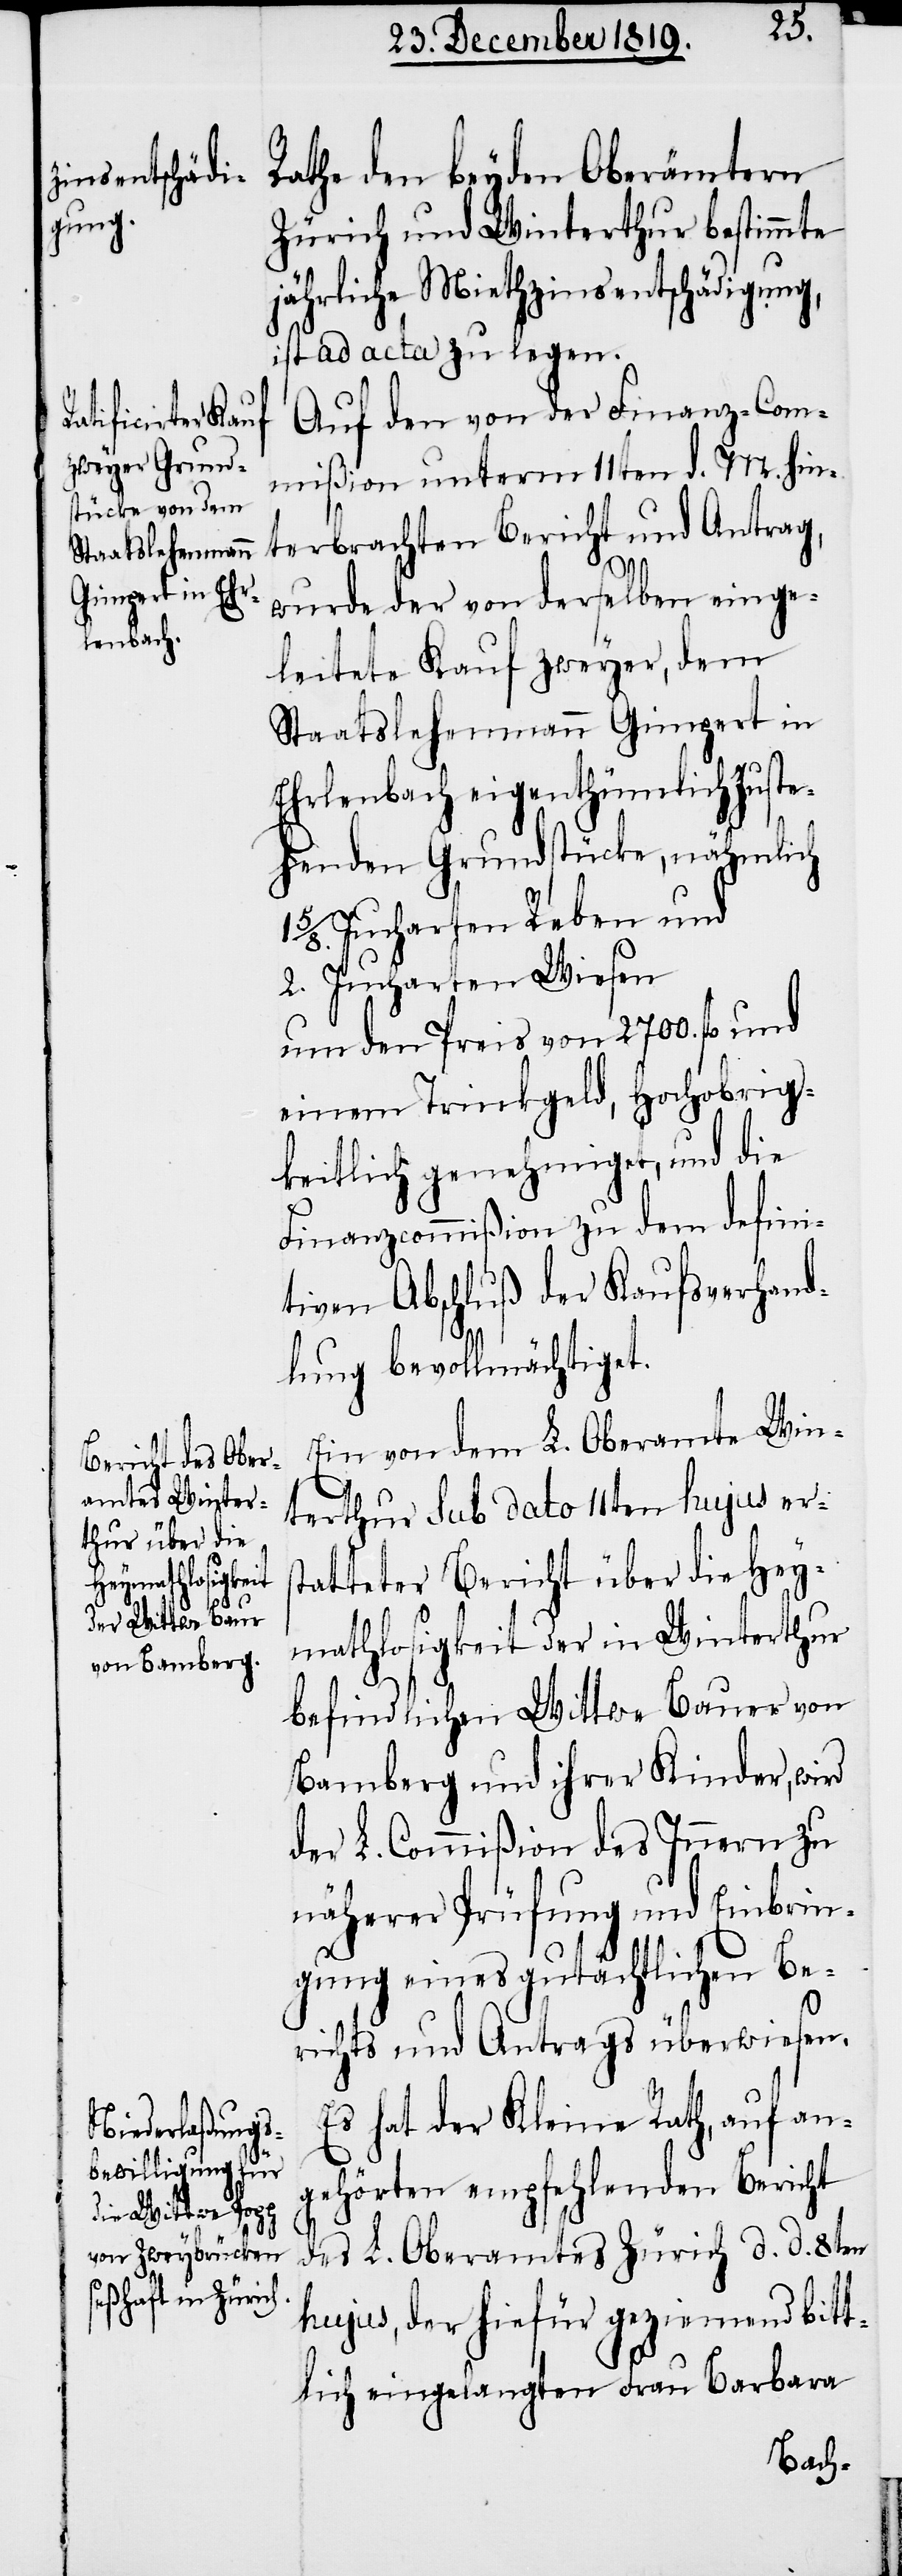
Rathe den beyden Oberämtern
Zürich und Winterthur bestimmte
jährliche Miethzinsentschädigung,
ist ad acta zu legen.
Auf den von der Finanz-Com¬
mißion unterm 11ten d. M. hin¬
terbrachten Bericht und Antrag,
wurde der von derselben einge¬
leitete Kauf zweyer, dem
Staatslehenmann Gimpert in
Ehrlenbach eigenthümlich zuste¬
henden Grundstücke, nähmlich
5/8. Jucharten Reben und
2. Jucharten Wiesen
um den Preis von 2700. fl. und
einem Trinkgeld, Hochobrig¬
keitlich genehmiget, und die
Finanzcommißion zu dem defini¬
tiven Abschluß der Kaufsverhand¬
lung bevollmächtiget.
Ein von dem L. Oberamte Win¬
terthur sub dato 11ten hujus ers¬
tatteter Bericht über die Hey¬
mathlosigkeit der in Winterthur
befindlichen Wittwe Bauer von
Bamberg und ihrer Kinder, wird
der L. Commißion des Innern zu
näherer Prüfung und Einbrin¬
gung eines gutächtlichen Be¬
richts und Antrags überwiesen.
Es hat der Kleine Rath, auf an¬
gehörten empfehlenden Bericht
des L. Oberamtes Zürich d. d. 8ten
hujus, der hiefür geziemend bitt¬
lich eingelangten Frau Barbara